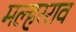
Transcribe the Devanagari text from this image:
मल्हरराव